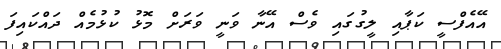
އޭއެފްސީ ކަޕާއި ލީގުގައި ވެސް އޭނާ ވަނީ ވަރަށް މޮޅު ކުޅުމެއް ދައްކައިފަ